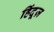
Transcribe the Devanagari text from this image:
हिंदूज़